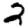
Digit: 2